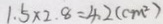
1 . 5 \times 2 . 8 = 4 . 2 ( c m ^ { 2 } )